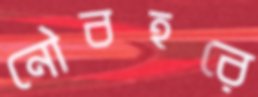
নৌবহরে